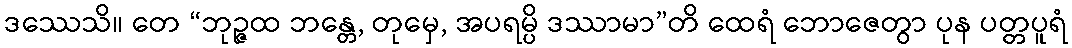
ဒဿေသိ။ တေ “ဘုဉ္ဇထ ဘန္တေ, တုမှေ, အပရမ္ပိ ဒဿာမာ”တိ ထေရံ ဘောဇေတွာ ပုန ပတ္တပူရံ